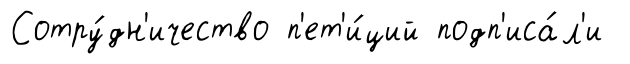
Сотру́дн'ичество п'ет'и́ций подп'иса́л'и